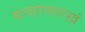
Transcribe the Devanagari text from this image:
कव्हरसारखं